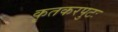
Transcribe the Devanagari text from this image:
कृतकरपुटः